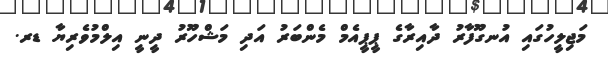
މަޖިލީހުގައި އުނގޫފާރު ދާއިރާގެ ޕީޕީއެމް މެންބަރު އަދި މަޝްހޫރު ދީނީ އިލްމުވެރިޔާ ޑރ.